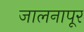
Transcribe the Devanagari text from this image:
जालनापूर